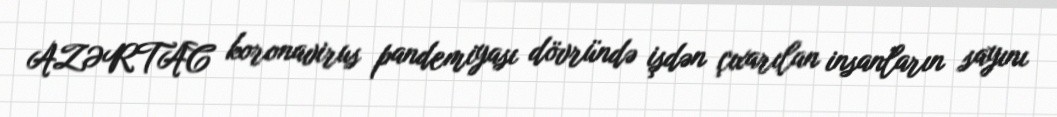
AZƏRTAC koronavirus pandemiyası dövründə işdən çıxarılan insanların sayını